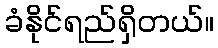
ခံနိုင်ရည်ရှိတယ်။